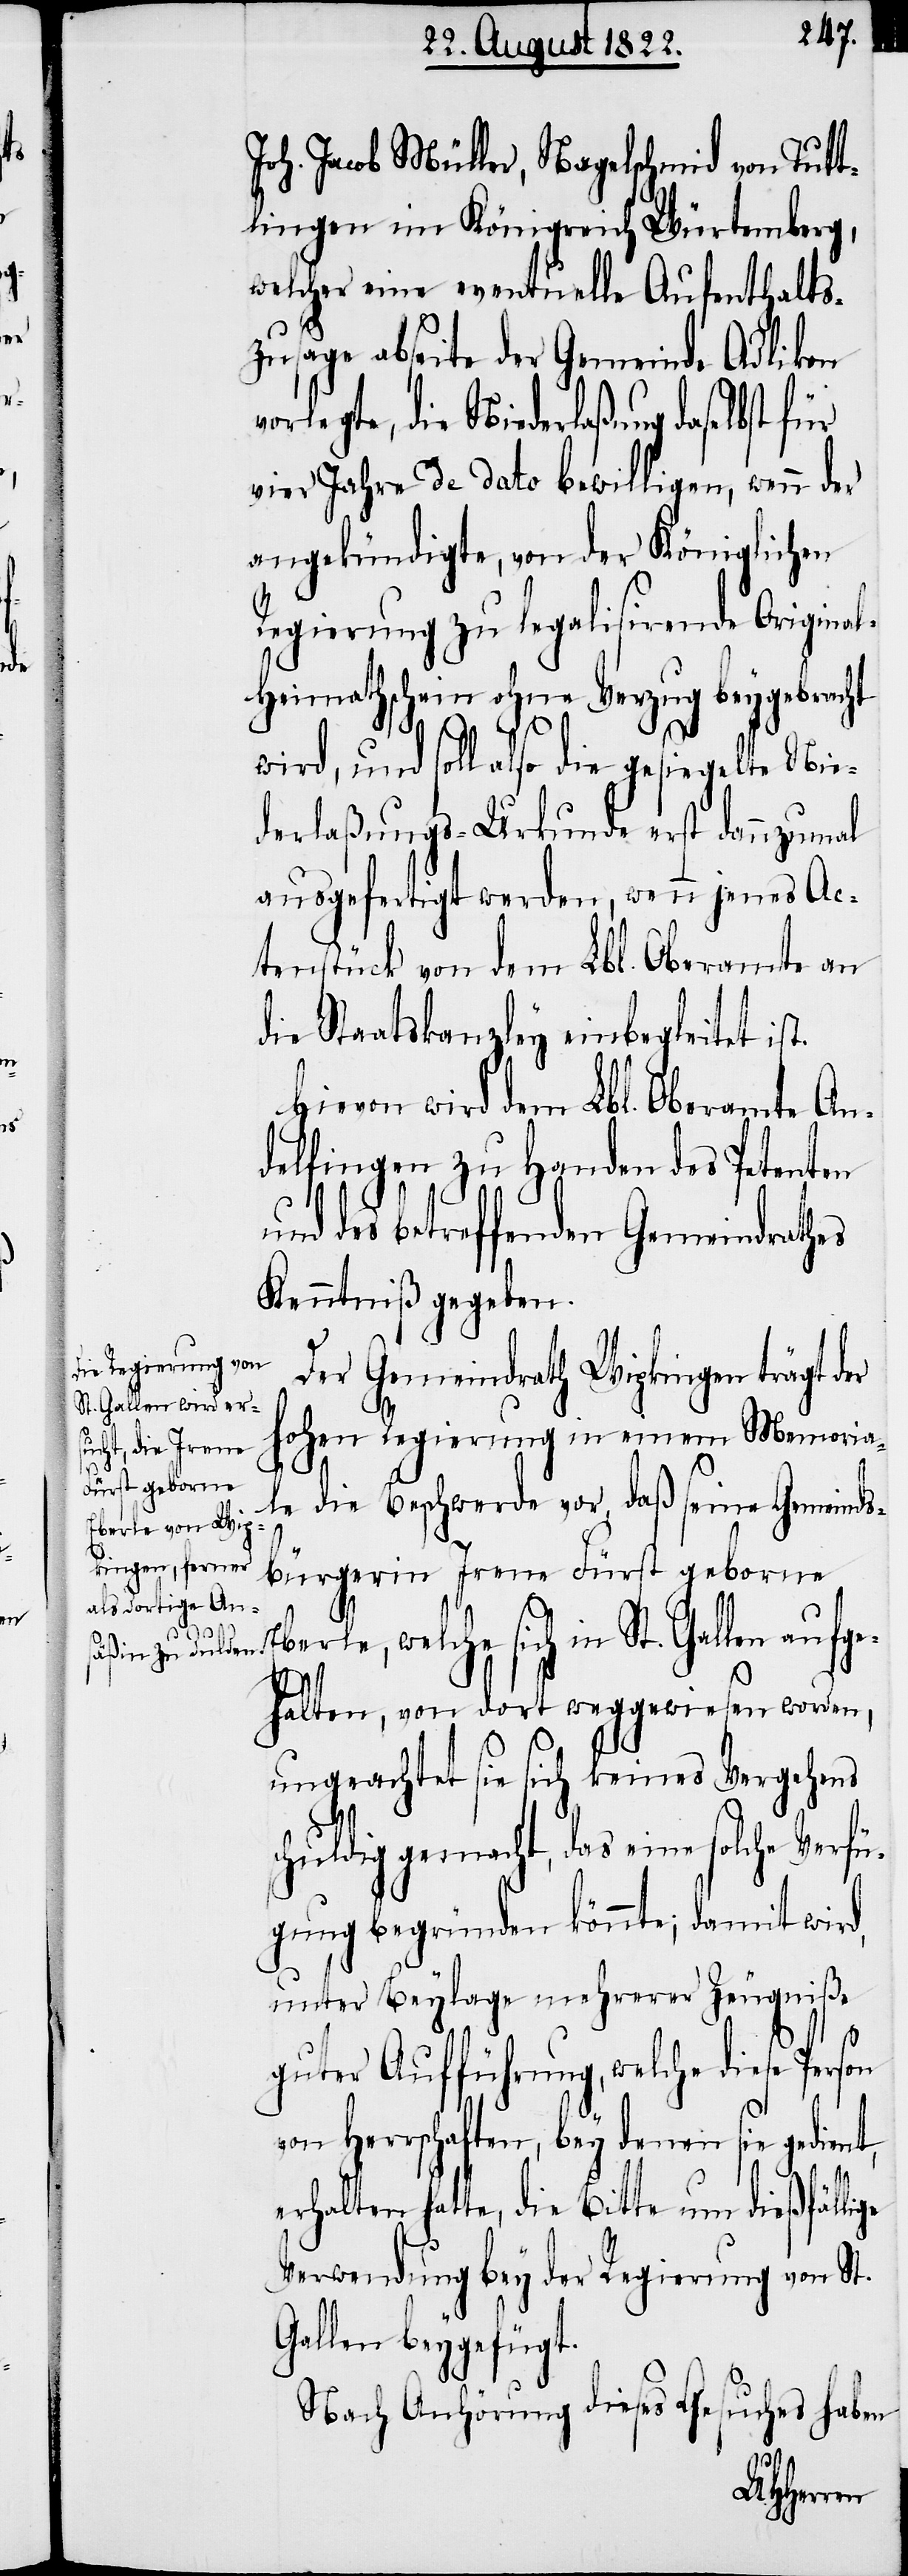
Joh. Jacob Müller, Nagelschmid von Tutt¬
lingen im Königreich Würtemberg,
welcher eine eventuelle Aufenthalts¬
zusage abseite der Gemeinde Adlikon
orlegte, die Niederlaßungs daselbst
vier Jahre de dato bewilligen, wenn der
angekündigte, von der Königlichen
Regierung zu legalisirende Origina¬
l-Heimathschein ohne Verzug beygebrac¬
t.
ht
wird, und soll also die gesiegelte Nie¬
derlaßungs-Urkunde erst dannzumal
ausgefertigt werden, wenn jenes Ac¬
tenstück von dem Lbl. Oberamte an
die Staatskanzley einbegleitet is¬
Hievon wird dem Lbl. Oberamte An¬
delfingen zu Handen der Petenten
und des betreffenden Gemeindrathes
Kenntniß gegeben
Der Gemeindrath Wipkingen trägt der
Hohen Regierung in einem Memoria¬
le die Beschwerde vor, daß seine Gemeinds¬
bürgerin Irene Fürst geborne
welche sich in St. Gallen aufge¬
halten, von dort weggewiesen worden,
ungeachtet sie sich keines Vergehens
schuldig gemacht, das eine solche Verfü¬
gung begründen könnte; damit wird,
unter Beylage mehrerer Zeugniße
guter Aufführung, welche diese Person
von Herrschaften, bey denen sie gedien¬
erhalten hatte, die Bitte um dießfälli¬
Verwendung bey der Regierung von St.
Gallen beygefügt.
Nach Anhörung dieses Gesuches haben

ge